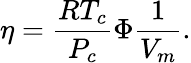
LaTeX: \eta={\frac{RT_{c}}{P_{c}}}\Phi{\frac{1}{V_{m}}}.